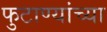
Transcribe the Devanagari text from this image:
फुटाण्यांच्या